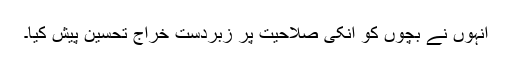
انہوں نے بچوں کو انکی صلاحیت پر زبردست خراج تحسین پیش کیا۔